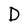
Character: D